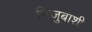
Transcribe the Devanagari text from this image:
निजुबाशी